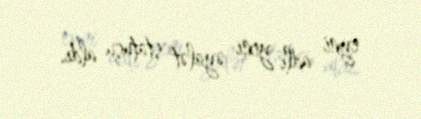
eyni adlı yeni əyalət statusu aldı.